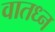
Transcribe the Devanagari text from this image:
वातध्न